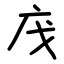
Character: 㡲